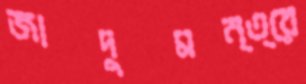
জাদুমন্ত্রে